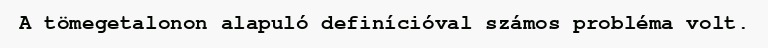
A tömegetalonon alapuló definícióval számos probléma volt.